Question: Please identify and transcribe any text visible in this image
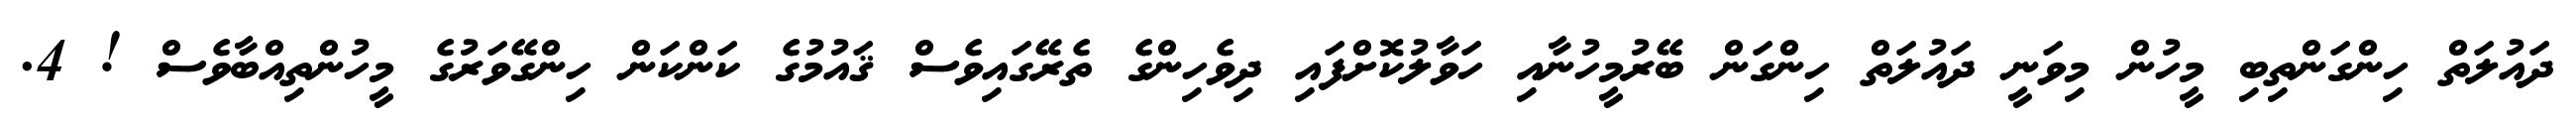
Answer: ދައުލަތް ހިންގަންތިބި މީހުން މިވަނީ ދައުލަތް ހިންގަން ބޭރުމީހުނާއި ހަވާލުކޮށްފައި ދިވެހިންގެ ތެރޭގައިވެސް ޤައުމުގެ ކަންކަން ހިންގޭވަރުގެ މީހުންތިއްބާވެސް ! 4.